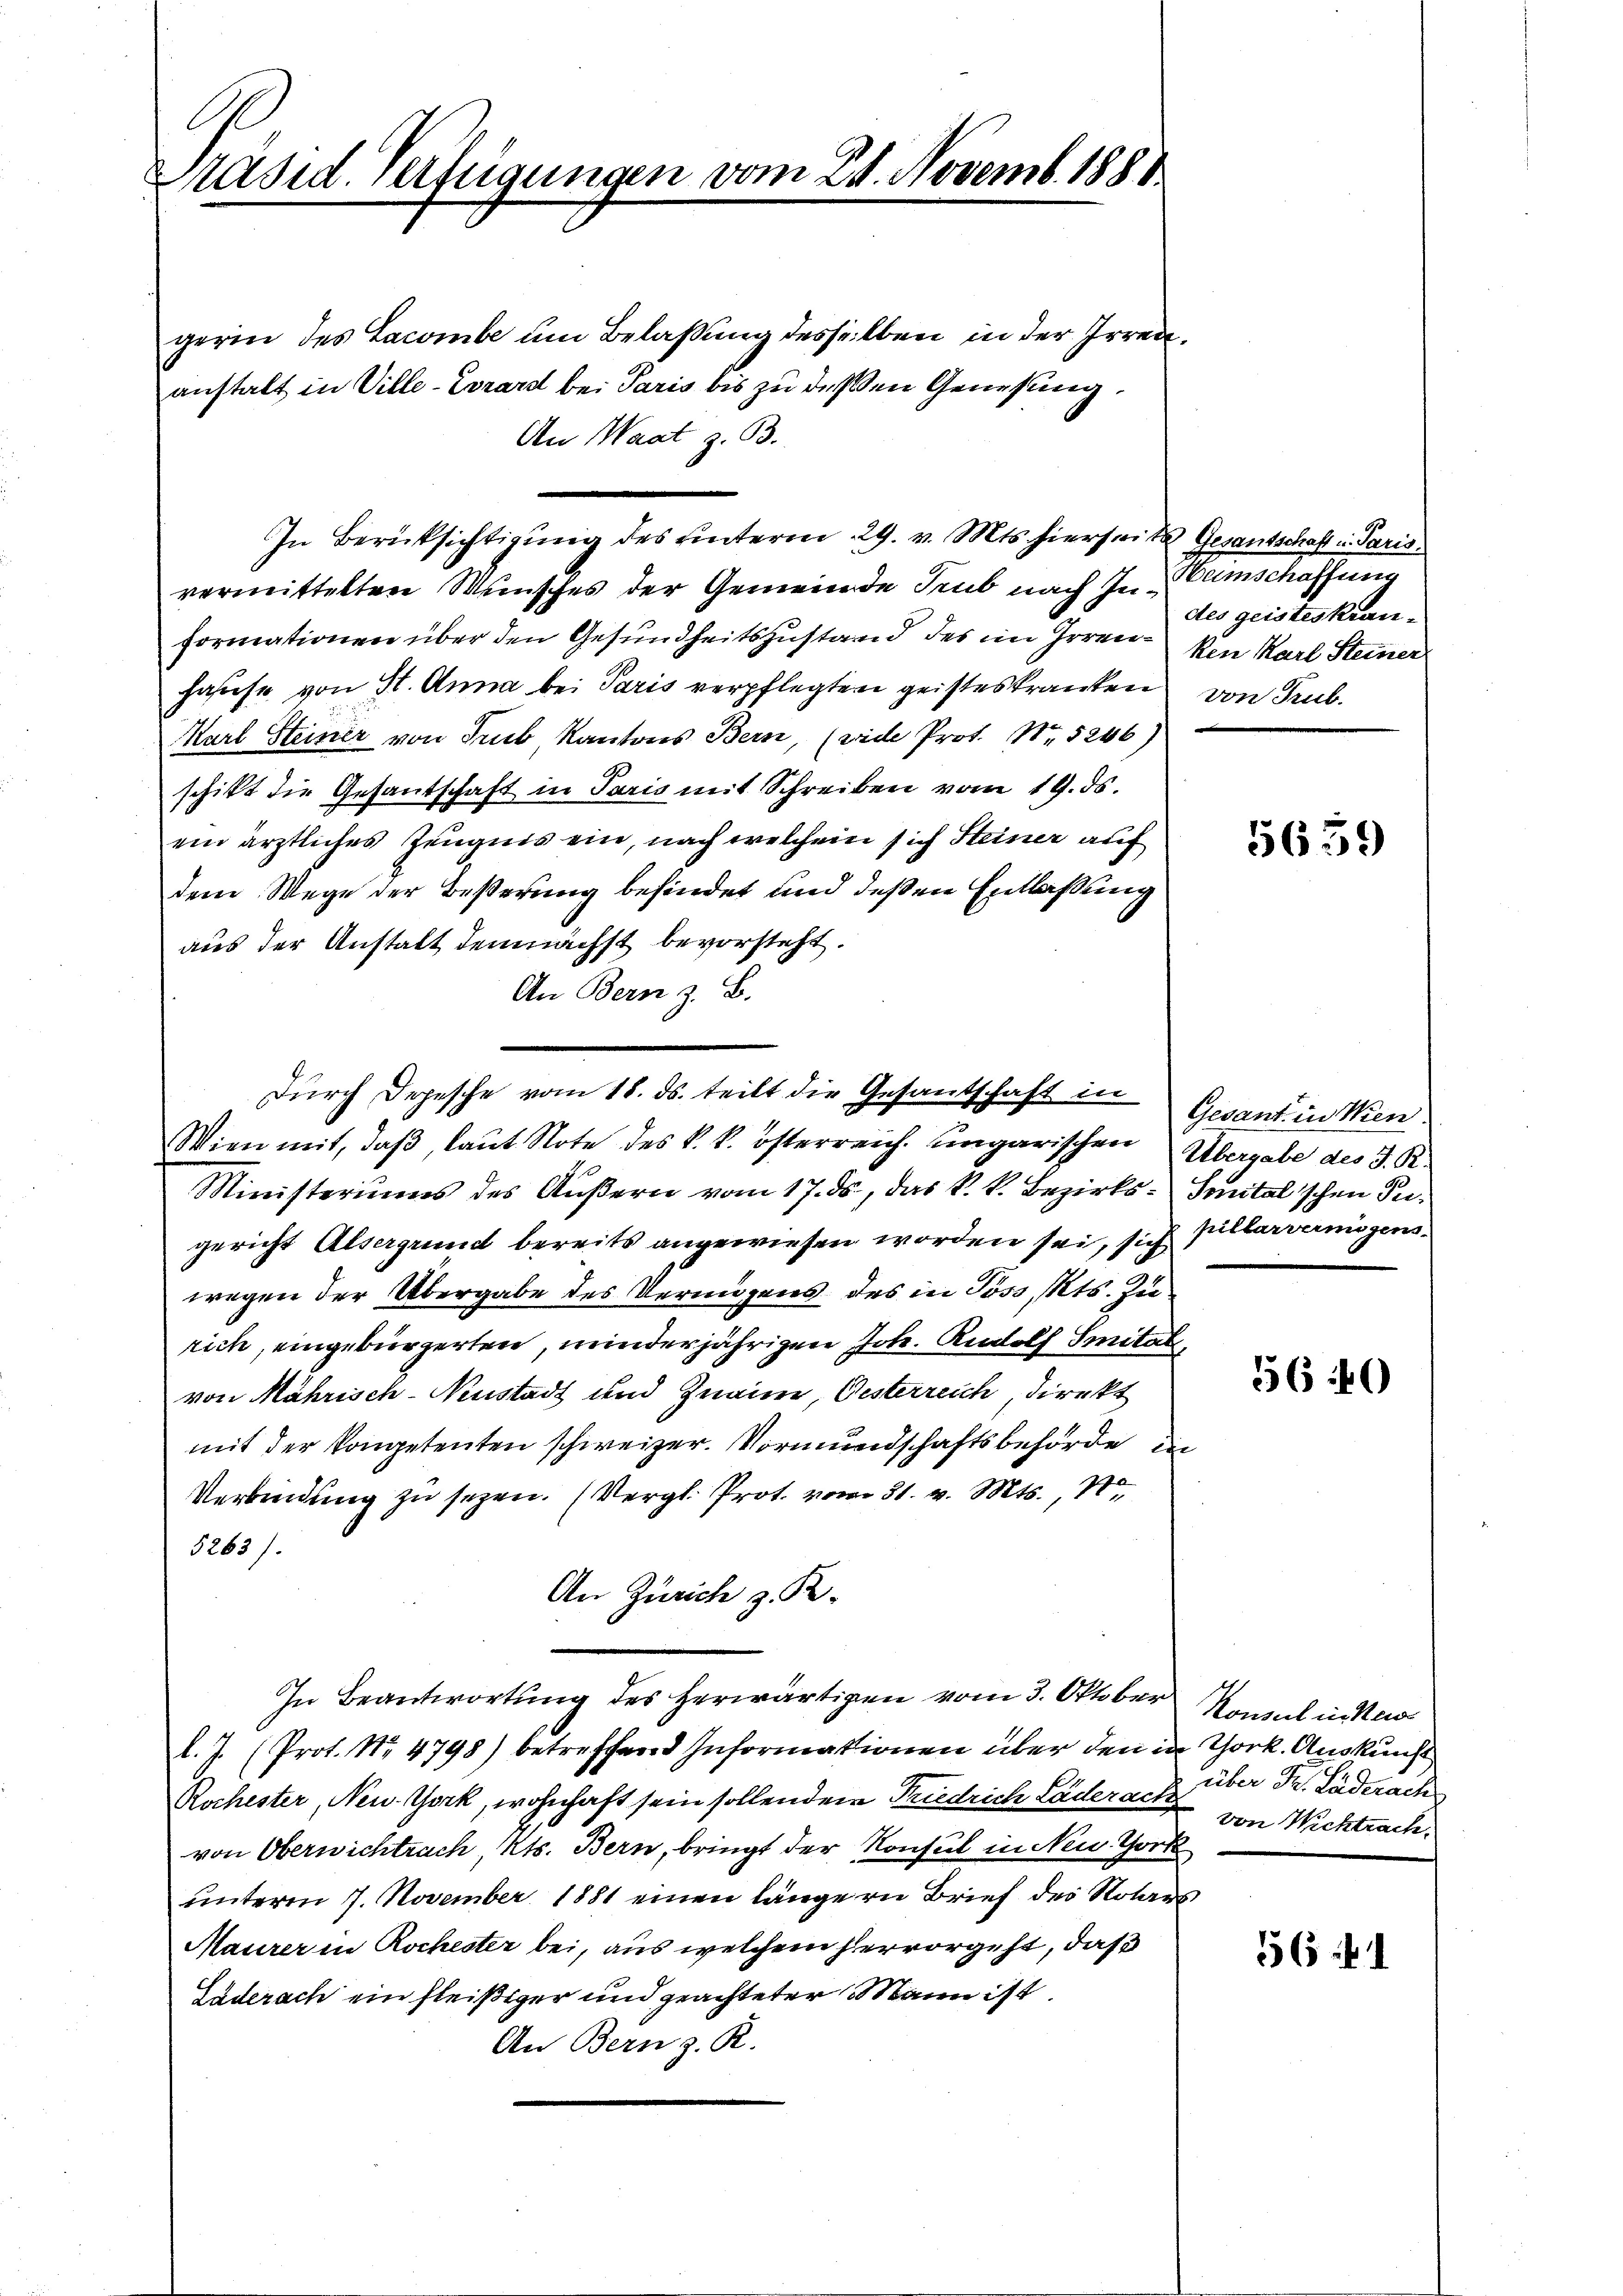
l
Präsid. Verfügungen vom 21. Novemb. 1881.

gerin des Lacombe um Belassung desselben in der Irrenanstalt in Ville-Evrard bei Paris bis zu deßen Genesung
An Waat z. B.
In Berücksichtigung des unterm 29. v. Mts. hierseit Gesantschaft in Paris.
vermittelten Wunsches der Gemeinde Trub nach In Samschaffung
formationen über den Gesundheitszustand des im Irrenken Karl Steiner
hause von St. Anna bei Paris verpflegten geisteskranken
Karl Steiner von Trub, Kantons Bern, (vide Prot. Nr. 5246)
schikt die Gesantschaft in Paris mit Schreiben vom 19. ds.
ein ärztliches Zeugnis ein, nach welchem sich Steiner auf
dem Wege der Beßerung befindet und deßen Entlaßung
aus der Anstalt demnächst bevorsteht.
An Bern z. B.
Wien mit, daβ, laŭt Note des k. k. österreich ungarischen Übergabe des J. R.
Ministeriums des Äußern vom 17. ds, das k. k. Bezirks- Smitalischen Tugericht Alsergrund bereits angewiesen worden sei, sich pillarvermögenswegen der Übergabe des Vermögens des in Poss, Kts. Zurich, eingebürgerten, minderjährigen Joh. Rudolf Smitat
von Mährisch-Neustadt und Znaim, Oesterreich, direkt
mit der Kompetenten schweizer. Vormundschaftsbehörde in
Verbindung zu sezen. (Vergl. Prot. vom 31. v. Mts., 100
5263).
An Zürich z. R.
In Beantwortung des herwärtigen vom 3. Oktober Saal in Stad
l. J. (Prot. No 4798) betreffend Informationen über den in Chork. Auskunft
Rochester, New-York, wohnhaft sein sollenden Friedrich Läderart von Wichtrach,
von Oberwichtrach, Kts. Bern, bringt der Konsul in Neu Chork
unterm 7. November 1881 einen längern Brief der Notars
Maurer in Rochester bei, aus welchem hervorgeht, daß
Päderach ein fleißiger und geachteter Mann ist.
An Bern z. R.

Durch Depesche vom 18. ds. teilt die Gesantschaft in

des geisteskranvon Trub.

5659

Gevant in Ken

56 40

über Dr. Läderach

556 f